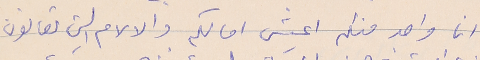
انا واحد منكم اعيش امالكم والالام التي تعانون